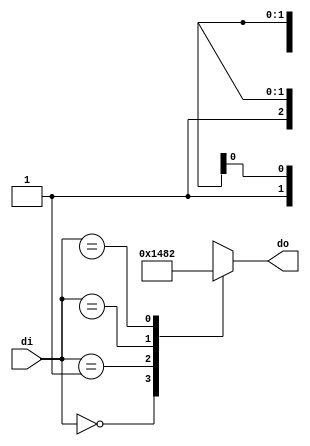
`timescale 1ns / 1ps
//////////////////////////////////////////////////////////////////////////////////
// Company: 
// Engineer: 
// 
// Design Name: 
// Module Name: dec_3_4
// Project Name: 
// Target Devices: 
// Tool Versions: 
// Description: 
// 
// Dependencies: 
// 
// Revision:
// Revision 0.01 - File Created
// Additional Comments:
// 
//////////////////////////////////////////////////////////////////////////////////


module dec_3_4(input [2:0]di,output reg [3:0]do);
always@(di)
begin
case(di)
3'b000:do<=4'b0001;
3'b001:do<=4'b0100;
3'b01x:do<=4'b1000;
3'b1xx:do<=4'b0010;
endcase
end
endmodule